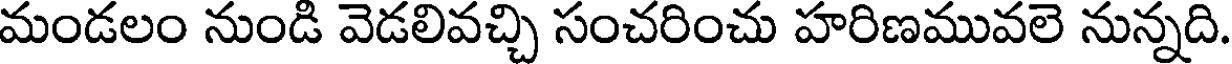
మండలం నుండి వెడలివచ్చి సంచరించు హరిణమువలె నున్నది